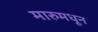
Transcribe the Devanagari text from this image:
मारुमधून